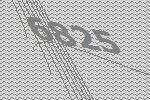
6825